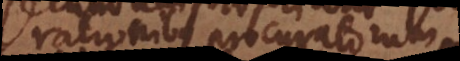
rationibus procuratorum